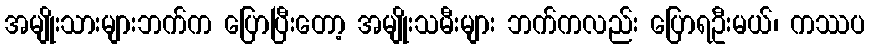
အမျိုးသားများဘက်က ပြောပြီးတော့ အမျိုးသမီးများ ဘက်ကလည်း ပြောရဦးမယ်၊ ကဿပ